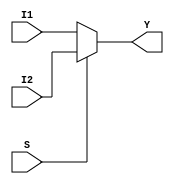
module mux_2_1_if(Y,I1, I2,S);
  
  input I1, I2;
  input S;
  output reg Y;
  
  always@(*)
    if(S ==0)
      Y=I1;
  else
    Y=I2;
  
endmodule













// Code your testbench here
// or browse Examples
module mux_2_1_tb;
  
  parameter DELAY = 10;
  
  reg I0, I1, S;
  wire Y;
  
  mux_2_1_if mux (.I1(I0), .I2(I1), .S(S), .Y(Y));
  
  initial begin
    I0 = 0;
    I1 = 1;
    S  = 0;
    #DELAY;
    if (Y != 0) $display("Test-case 1 failed Y =  %d", Y);
    
    I0 = 0;
    I1 = 1;
    S  = 1;
    #DELAY;
    if (Y != 1) $display("Test case 2 failed Y = %d", Y);
        
    $finish;
  end 
endmodule